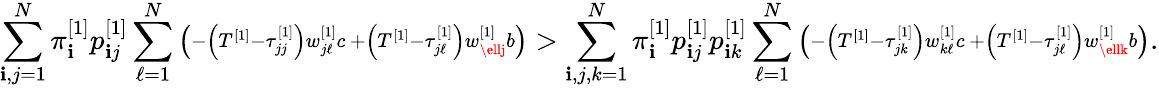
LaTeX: \sum_{\mathbf{i},j=1}^{N}\pi_{\mathbf{i}}^{\left[1\right]}p_{\mathbf{i}j}^{\left[1\right]}\sum_{\ell=1}^{N}\left(\substack{-\left(T^{\left[1\right]}-\tau_{jj}^{\left[1\right]}\right)w_{j\ell}^{\left[1\right]}c\, +\left(T^{\left[1\right]}-\tau_{j\ell}^{\left[1\right]}\right)w_{\ellj}^{\left[1\right]}b}\right)>\sum_{\mathbf{i},j,k=1}^{N}\pi_{\mathbf{i}}^{\left[1\right]}p_{\mathbf{i}j}^{\left[1\right]}p_{\mathbf{i}k}^{\left[1\right]}\sum_{\ell=1}^{N}\left(\substack{-\left(T^{\left[1\right]}-\tau_{jk}^{\left[1\right]}\right)w_{k\ell}^{\left[1\right]}c\, +\left(T^{\left[1\right]}-\tau_{j\ell}^{\left[1\right]}\right)w_{\ellk}^{\left[1\right]}b}\right).